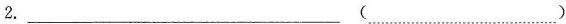
2.___ (___ )